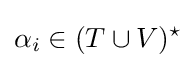
\alpha _{i}\in (T\cup V)^{\star }